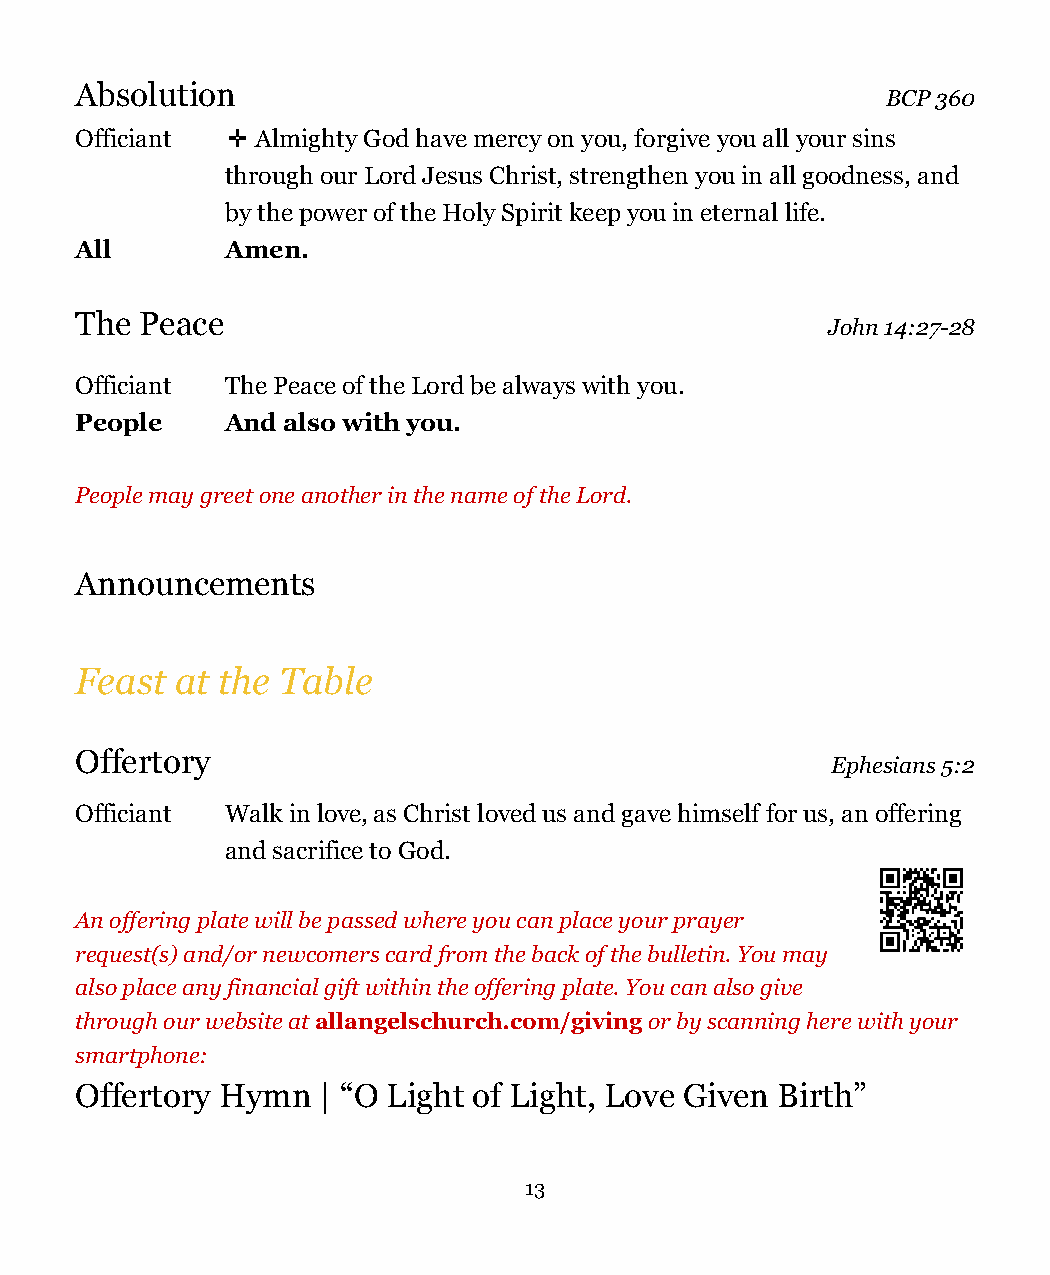
Absolution
 BCP 360
 Officiant ✛ Almighty God have mercy on you, forgive you all your sins
 through our Lord Jesus Christ, strengthen you in all goodness, and
 by the power of the Holy Spirit keep you in eternal life.
 All       Amen.
 The Peace
 John 14:27-28
 Officiant The Peace of the Lord be always with you.
 People    And also with you.
 People may greet one another in the name of the Lord.
 Announcements
 Feast  at the Table
 Offertory
 Ephesians 5:2
 Officiant Walk in love, as Christ loved us and gave himself for us, an offering
 and sacrifice to God.
 An offering plate will be passed where you can place your prayer
 request(s) and/or newcomers card from the back of the bulletin. You may
 also place any financial gift within the offering plate. You can also give
 through our website atallangelschurch.com/givingor by scanning here with your
 smartphone:
 Offertory Hymn  | “O Light of Light, Love Given Birth”
 13